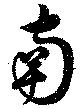
南